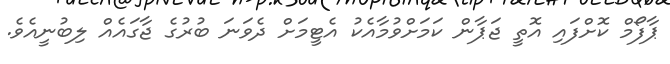
ޕާފޯމް ކޮށްފައި އޮތީ ޖަޕާން ކަމަށްވުމާއެކު އެޓީމަށް ދެވަނަ ބުރުގެ ޖާގައެއް ލިބުނީއެވެ.